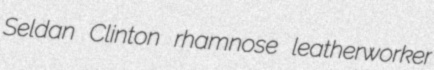
Seldan Clinton rhamnose leatherworker